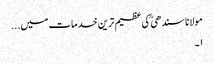
مولانا سندھی ؒ کی عظیم ترین خدمات میں...
۱۔